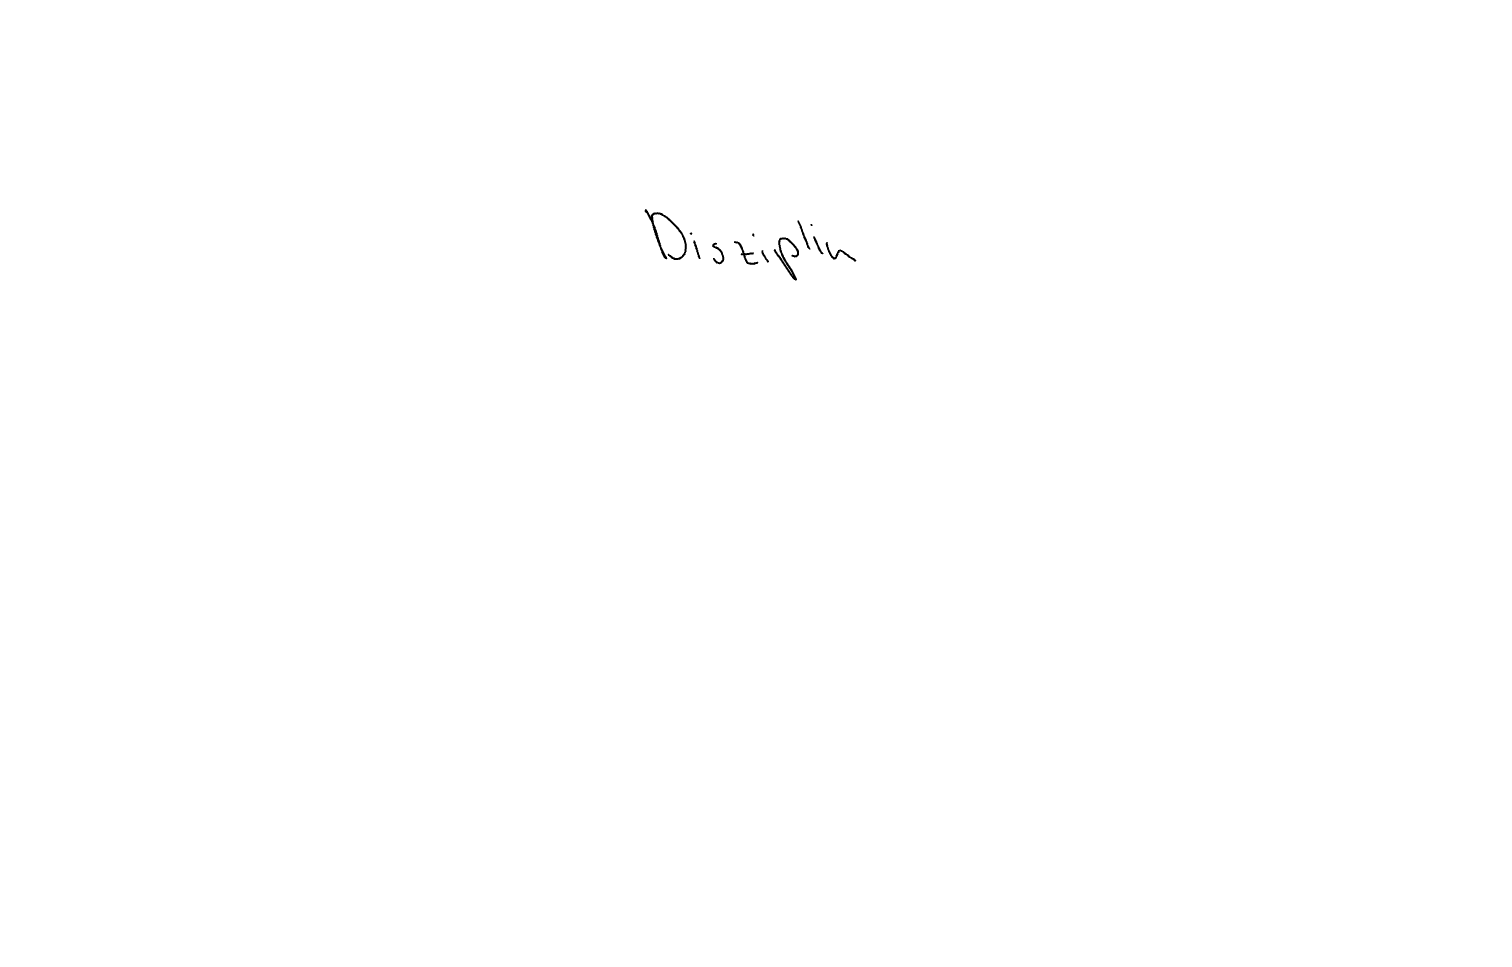
Text: Disziplin